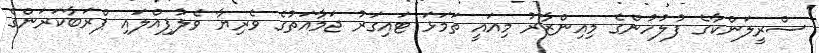
ސްރީލަންކާގެ ފުލުހުންގެ މިއިންޒާރު މިއައީ ތަމަޅަ ޓައިގަރު ޖަމާއަތުގެ ވެރިޔާ ވެލުޕިއްލައި ޕްރަބާކަރަންގެ